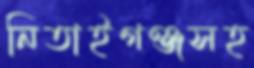
নিতাইগঞ্জসহ